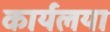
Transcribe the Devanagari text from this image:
कार्यलया